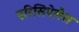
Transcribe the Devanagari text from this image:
एरिसिपेलैस